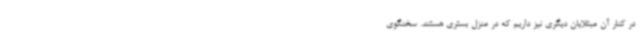
در کنار آن مبتلایان دیگری نیز داریم که در منزل بستری هستند. سخنگوی